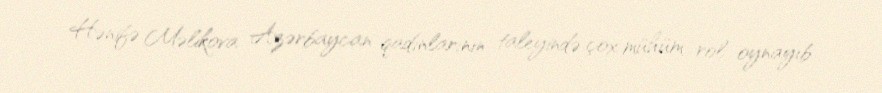
Hənifə Məlikova Azərbaycan qadınlarının taleyində çox mühüm rol oynayıb.